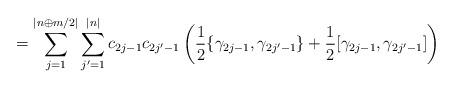
LaTeX: \begin{align*}= \sum_{j=1}^{|n\oplus m/2|} \sum_{j^\prime = 1}^{|n|} c_{2j-1}c_{2j^\prime - 1} \left ( \frac{1}{2} \{ \gamma_{2j-1} , \gamma_{2j^\prime - 1} \} + \frac{1}{2} [ \gamma_{2j - 1}, \gamma_{2j^\prime - 1} ] \right )\end{align*}